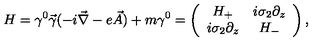
H = \gamma ^ { 0 } \vec { \gamma } ( - i \vec { \nabla } - e \vec { A } ) + m \gamma ^ { 0 } = \left( \begin{array} { c c } { H _ { + } } & { i \sigma _ { 2 } \partial _ { z } } \\ { i \sigma _ { 2 } \partial _ { z } } & { H _ { - } } \\ \end{array} \right) ,